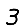
Digit: 3